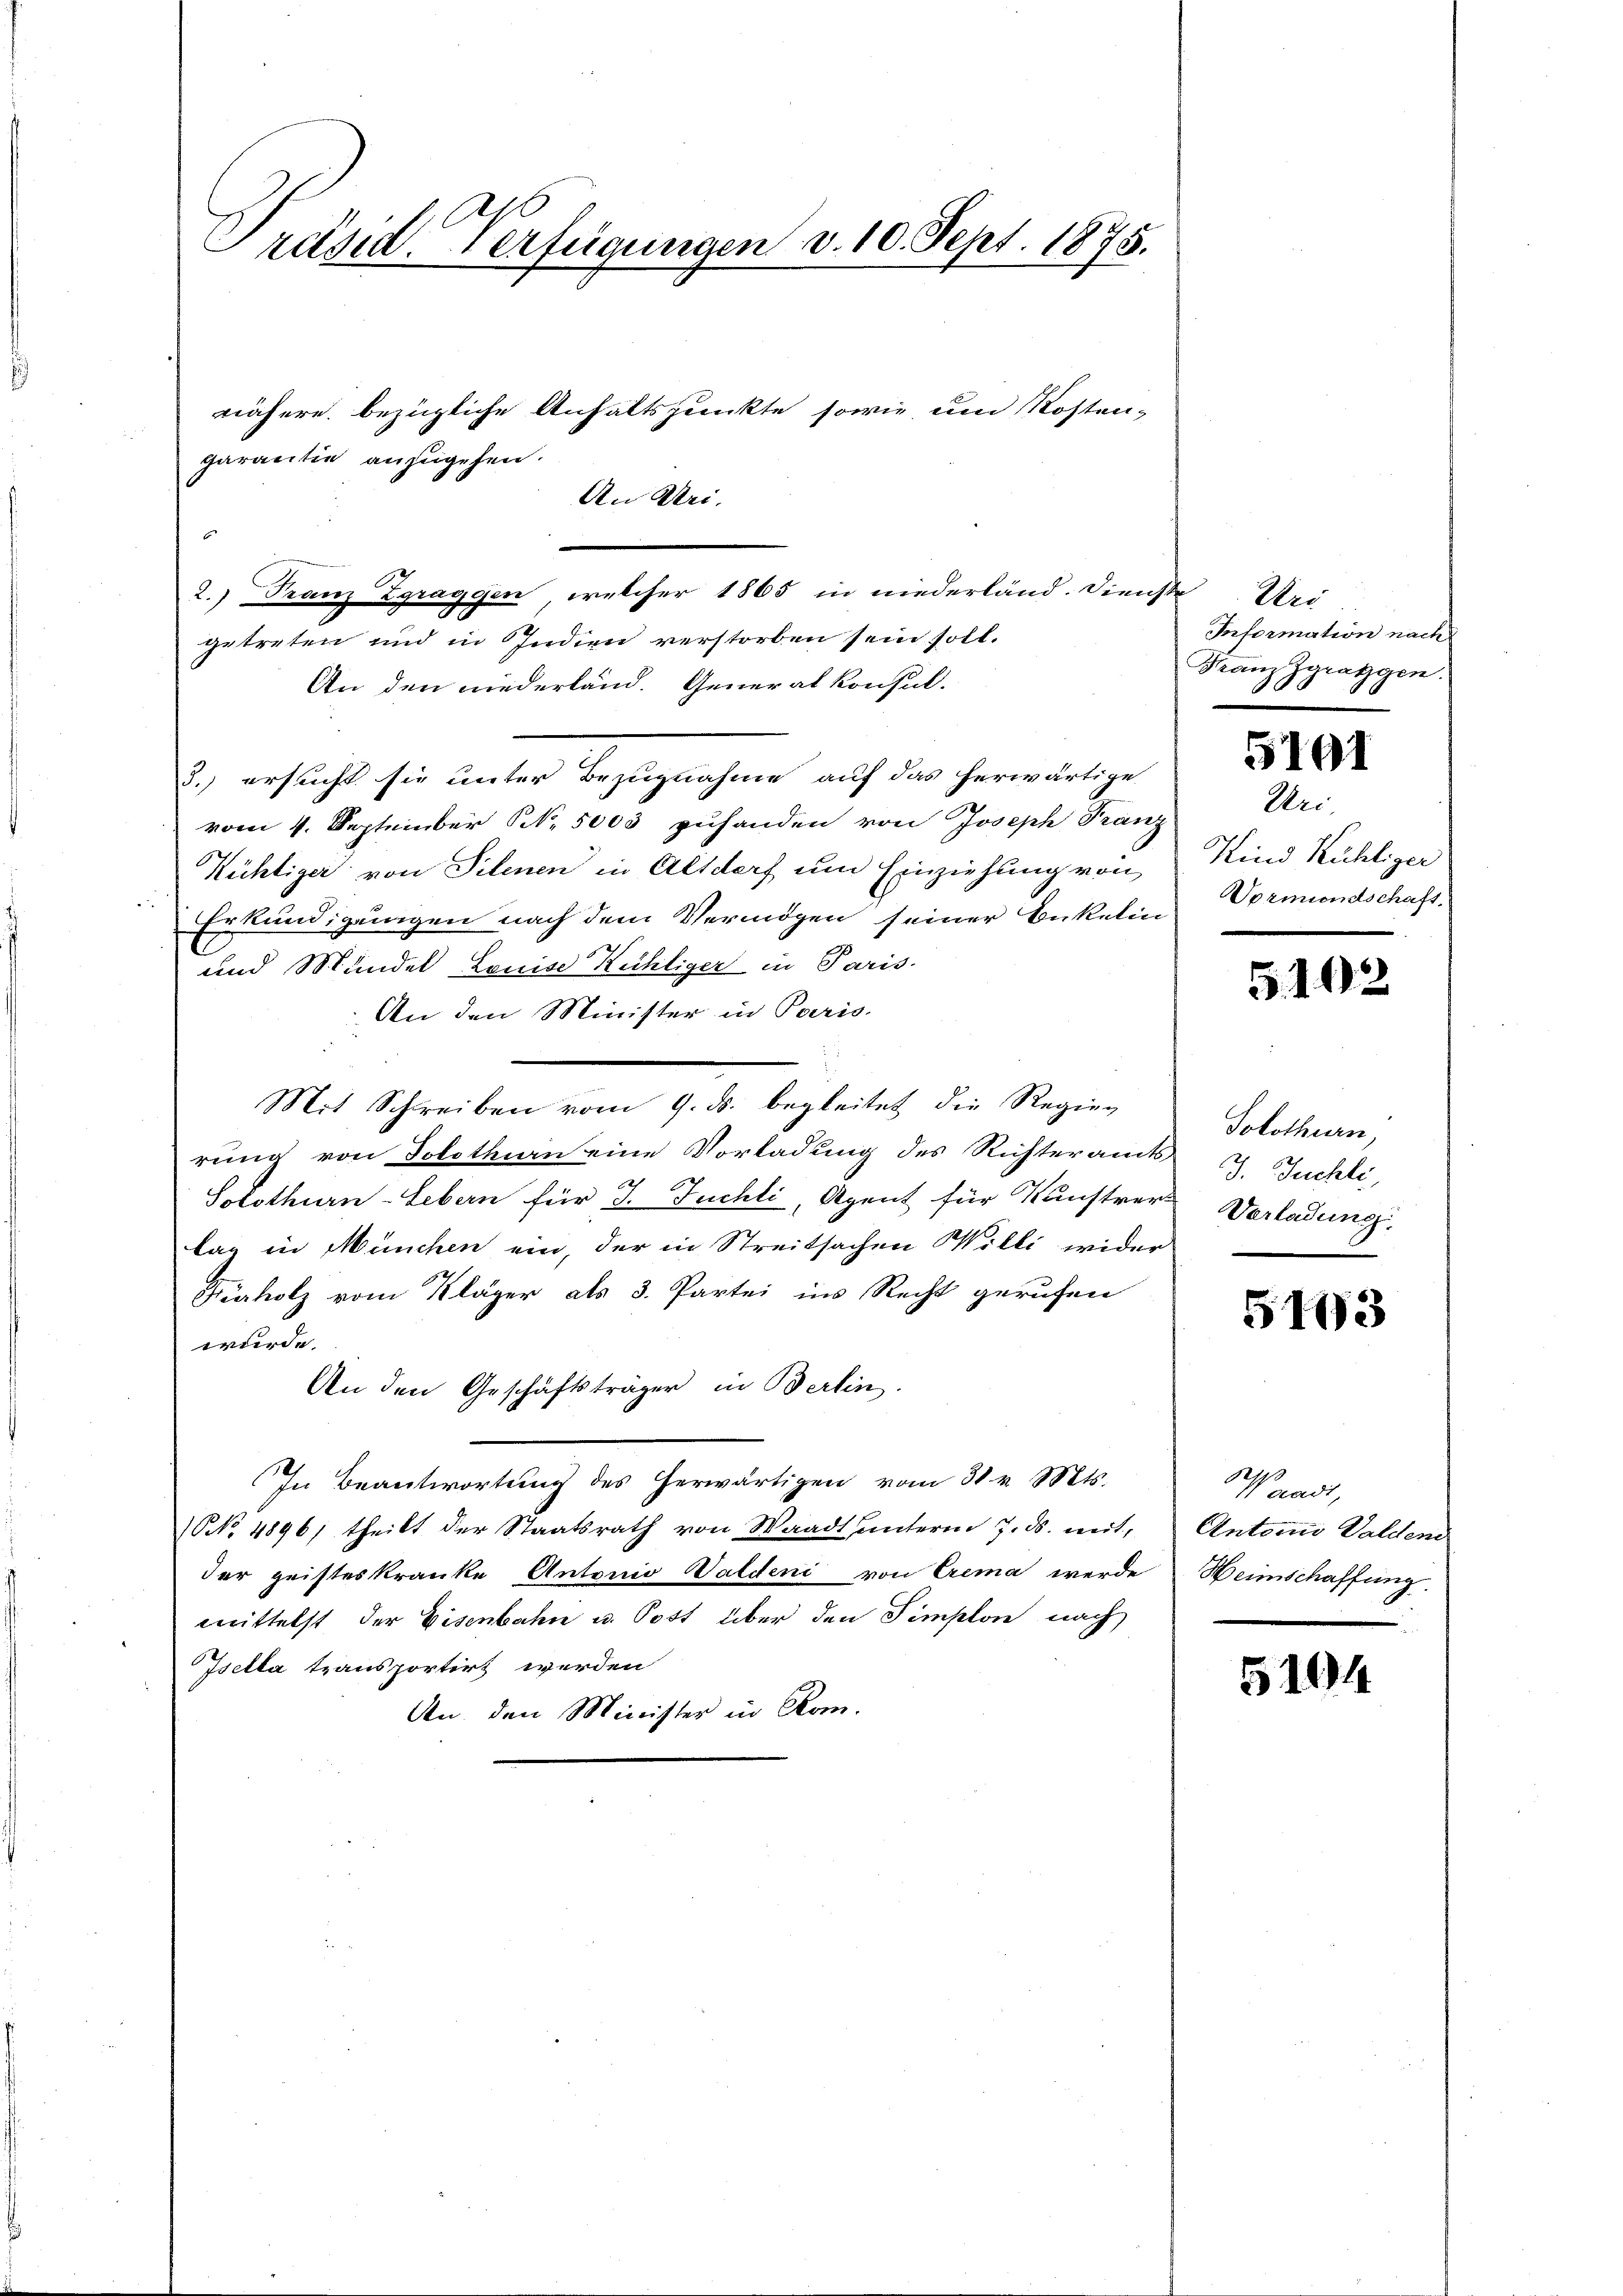
Präsid. Verfügungen v. 10. Sept. 1875.
nähere bezügliche Anhaltspunkte sowie um Kosten-
garantie anzugehen.
An Uri.

2.) Franz Zgraggen, welcher 1865 in niederländ. Dienste
getreten und in Indien verstorben sein soll.
An den niederland. Generalkonsul-
3.) ersucht sie unter Bezugnahme auf das herwärtige
vom 1. September N. 5003 zuhanden von Joseph Franz
Nichtiger von Silenen in Altdorf um Einziehung von
Erkundigungen nach dem Vermögen seiner Enkelin
und Mündel Louise Kühliger in Paris
An den Minister in Paris.
Mit Schreiben vom 9. ds. begleitet die Regier
rung von Solothurn eine Vorladung des Richteramts J. Juchli
1
Solothurn-Lebern für d. Juchli, Agent für Kunstrer Verladung.
tag in München ein, der in Streitsachen Willi wider
Fiholz vom Kläger als 3. Partei ins Recht gerufen
wurde.
An den Geschäftsträger in Berlin.
In Beantwortung des herwärtigen vom 31. v. Mts.
NNNo. 4896; theilt der Staatsrath von Waadt unterm 7. ds. mit,
der geisteskranke Antonio Valdeni von Crema werde Heimschaffung
mittelst der Eisenbahn u. Post über den Simplon nach
Isella transportirt werden
An den Minister in Rom.

Uri
Information nach
Franz Zgraggen.

5191

Uri,
Kind Kühliger
Vormundschaft.
.

5192

Solothurn,

5193

Waadt,
Antons Waldend

5104